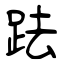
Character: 䟩